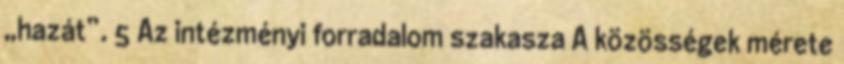
„hazát”. 5 Az intézményi forradalom szakasza A közösségek mérete